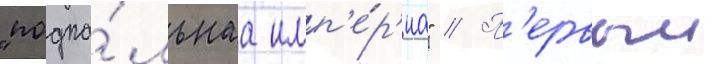
"подпо́льнаа имп'е́р'иа" // П'ервыи